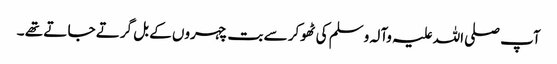
آپ صلی اللہ علیہ وآلہ وسلم کی ٹھوکر سے بت چہروں کے بل گرتے جا تے تھے ۔